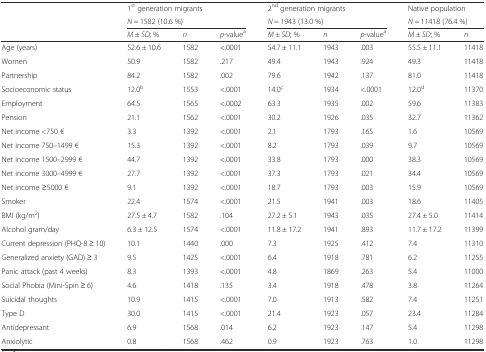
<table><thead><tr><td></td><td colspan="3"><b>1<sup>st</sup> generation migrants</b></td><td colspan="3"><b>2<sup>nd</sup> generation migrants</b></td><td colspan="2"><b>Native population</b></td></tr><tr><td></td><td colspan="3"><b><i>N</i> = 1582 (10.6 %)</b></td><td colspan="3"><b><i>N</i> = 1943 (13.0 %)</b></td><td colspan="2"><b><i>N</i> = 11418 (76.4 %)</b></td></tr><tr><td></td><td><b><i>M</i> ± <i>SD</i>; %</b></td><td><b><i>n</i></b></td><td><b><i>p</i>-value<sup>a</sup></b></td><td><b><i>M</i> ± <i>SD</i>; %</b></td><td><b><i>n</i></b></td><td><b><i>p</i>-value<sup>a</sup></b></td><td><b><i>M</i> ± <i>SD</i>; %</b></td><td><b><i>n</i></b></td></tr></thead><tbody><tr><td>Age (years)</td><td>52.6 ± 10.6</td><td>1582</td><td>&lt;.0001</td><td>54.7 ± 11.1</td><td>1943</td><td>.003</td><td>55.5 ± 11.1</td><td>11418</td></tr><tr><td>Women</td><td>50.9</td><td>1582</td><td>.217</td><td>49.4</td><td>1943</td><td>.924</td><td>49.3</td><td>11418</td></tr><tr><td>Partnership</td><td>84.2</td><td>1582</td><td>.002</td><td>79.6</td><td>1942</td><td>.137</td><td>81.0</td><td>11418</td></tr><tr><td>Socioeconomic status</td><td>12.0<sup>b</sup></td><td>1553</td><td>&lt;.0001</td><td>14.0<sup>c</sup></td><td>1934</td><td>&lt;.0001</td><td>12.0<sup>d</sup></td><td>11370</td></tr><tr><td>Employment</td><td>64.5</td><td>1565</td><td>&lt;.0002</td><td>63.3</td><td>1935</td><td>.002</td><td>59.6</td><td>11383</td></tr><tr><td>Pension</td><td>21.1</td><td>1562</td><td>&lt;.0001</td><td>30.2</td><td>1926</td><td>.035</td><td>32.7</td><td>11362</td></tr><tr><td>Net income &lt;750 €</td><td>3.3</td><td>1392</td><td>&lt;.0001</td><td>2.1</td><td>1793</td><td>.165</td><td>1.6</td><td>10569</td></tr><tr><td>Net income 750–1499 €</td><td>15.3</td><td>1392</td><td>&lt;.0001</td><td>8.2</td><td>1793</td><td>.039</td><td>9.7</td><td>10569</td></tr><tr><td>Net income 1500–2999 €</td><td>44.7</td><td>1392</td><td>&lt;.0001</td><td>33.8</td><td>1793</td><td>.000</td><td>38.3</td><td>10569</td></tr><tr><td>Net income 3000–4999 €</td><td>27.7</td><td>1392</td><td>&lt;.0001</td><td>37.3</td><td>1793</td><td>.021</td><td>34.4</td><td>10569</td></tr><tr><td>Net income ≥5000 €</td><td>9.1</td><td>1392</td><td>&lt;.0001</td><td>18.7</td><td>1793</td><td>.003</td><td>15.9</td><td>10569</td></tr><tr><td>Smoker</td><td>22.4</td><td>1574</td><td>&lt;.0001</td><td>21.5</td><td>1941</td><td>.003</td><td>18.6</td><td>11405</td></tr><tr><td>BMI (kg/m<sup>2</sup>)</td><td>27.5 ± 4.7</td><td>1582</td><td>.104</td><td>27.2 ± 5.1</td><td>1943</td><td>.035</td><td>27.4 ± 5.0</td><td>11414</td></tr><tr><td>Alcohol gram/day</td><td>6.3 ± 12.5</td><td>1574</td><td>&lt;.0001</td><td>11.8 ± 17.2</td><td>1941</td><td>.893</td><td>11.7 ± 17.2</td><td>11399</td></tr><tr><td>Current depression (PHQ-8 ≥ 10)</td><td>10.1</td><td>1440</td><td>.000</td><td>7.3</td><td>1925</td><td>.412</td><td>7.4</td><td>11310</td></tr><tr><td>Generalized anxiety (GAD) ≥ 3</td><td>9.5</td><td>1425</td><td>&lt;.0001</td><td>6.4</td><td>1918</td><td>.781</td><td>6.2</td><td>11255</td></tr><tr><td>Panic attack (past 4 weeks)</td><td>8.3</td><td>1393</td><td>&lt;.0001</td><td>4.8</td><td>1869</td><td>.263</td><td>5.4</td><td>11000</td></tr><tr><td>Social Phobia (Mini-Spin ≥ 6)</td><td>4.6</td><td>1418</td><td>.135</td><td>3.4</td><td>1918</td><td>.478</td><td>3.8</td><td>11264</td></tr><tr><td>Suicidal thoughts</td><td>10.9</td><td>1415</td><td>&lt;.0001</td><td>7.0</td><td>1913</td><td>.582</td><td>7.4</td><td>11251</td></tr><tr><td>Type D</td><td>30.0</td><td>1415</td><td>&lt;.0001</td><td>21.4</td><td>1923</td><td>.057</td><td>23.4</td><td>11284</td></tr><tr><td>Antidepressant</td><td>6.9</td><td>1568</td><td>.014</td><td>6.2</td><td>1923</td><td>.147</td><td>5.4</td><td>11298</td></tr><tr><td>Anxiolytic</td><td>0.8</td><td>1568</td><td>.462</td><td>0.9</td><td>1923</td><td>.763</td><td>1.0</td><td>11298</td></tr></tbody></table>